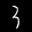
Label: 3